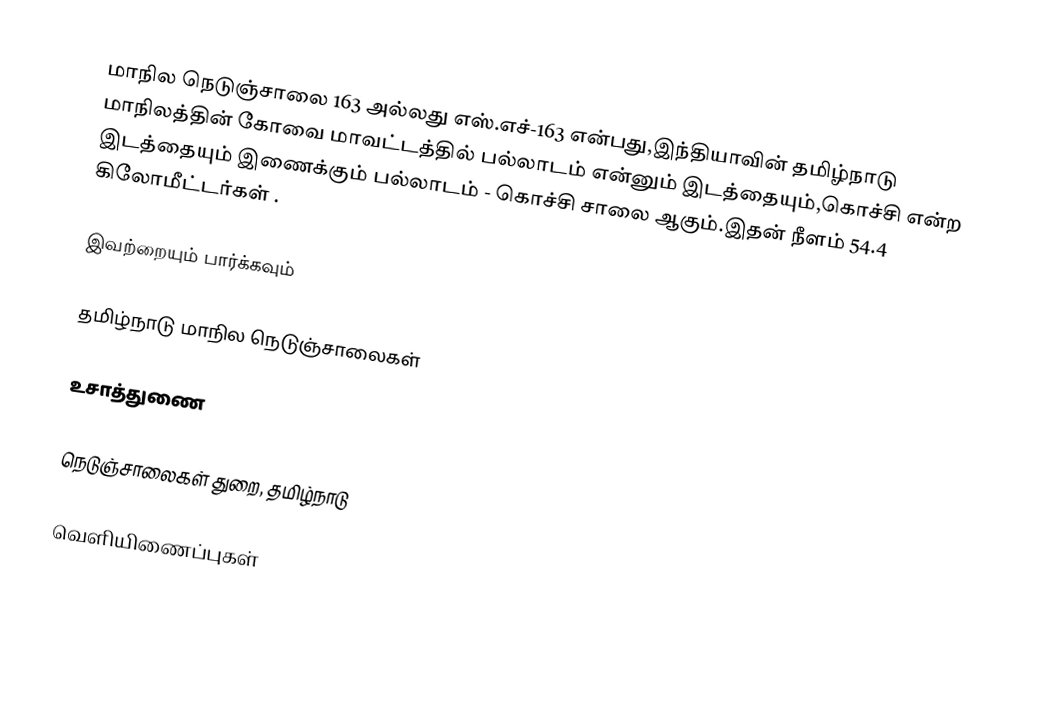
மாநில நெடுஞ்சாலை 163 அல்லது எஸ்.எச்-163  என்பது,இந்தியாவின் தமிழ்நாடு மாநிலத்தின்  கோவை மாவட்டத்தில்  பல்லாடம்  என்னும் இடத்தையும்,கொச்சி  என்ற இடத்தையும் இணைக்கும் பல்லாடம் - கொச்சி சாலை ஆகும்.இதன் நீளம் 54.4  கிலோமீட்டர்கள் .

இவற்றையும் பார்க்கவும்

 தமிழ்நாடு மாநில நெடுஞ்சாலைகள்

உசாத்துணை

 நெடுஞ்சாலைகள் துறை, தமிழ்நாடு

வெளியிணைப்புகள்